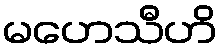
မဟေသီဟိ